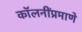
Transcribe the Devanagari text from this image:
कॉलनींप्रमाणे